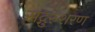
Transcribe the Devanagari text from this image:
सद्गुरुशरण